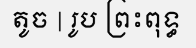
តូច | រូប ព្រះពុទ្ធ